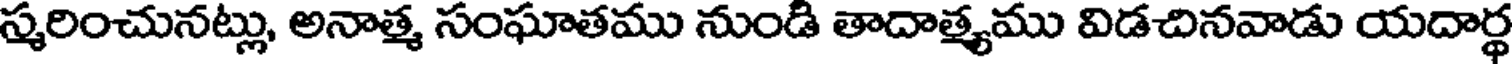
స్మరించునట్లు, అనాత్మ సంఘాతము నుండి తాదాత్యము విడచినవాడు యదార్థ